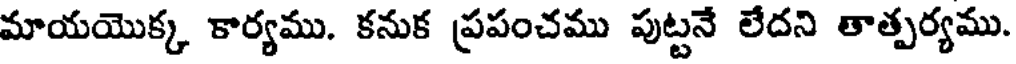
మాయయొక్క కార్యము. కనుక ప్రపంచము పుట్టనే లేదని తాత్పర్యము.